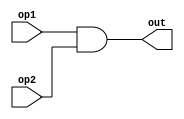
`timescale 1ns / 1ps
//////////////////////////////////////////////////////////////////////////////////
// Company: 
// Engineer: 
// 
// Design Name: 
// Module Name: and
// Project Name: 
// Target Devices: 
// Tool Versions: 
// Description: 
// 
// Dependencies: 
// 
// Revision:
// Revision 0.01 - File Created
// Additional Comments:
// 
//////////////////////////////////////////////////////////////////////////////////


module and_2(       //
    input op1,
    input op2,
    output reg out
    );
    always @ (*)
    begin
    out <= op1&op2;
    end
endmodule